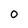
Character: 0